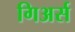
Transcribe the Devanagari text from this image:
गिअर्स